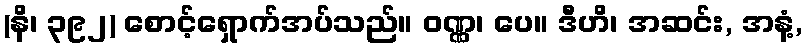
(နိ၊ ၃၉၂) စောင့်ရှောက်အပ်သည်။ ဝဏ္ဏ၊ ပေ။ ဒီဟိ၊ အဆင်း, အနံ့,